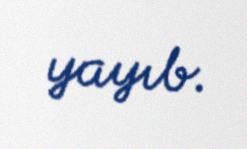
yayıb.